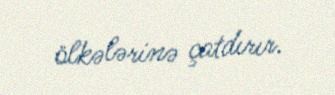
ölkələrinə çatdırır.